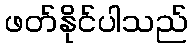
ဖတ်နိုင်ပါသည်